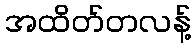
အထိတ်တလန့်